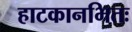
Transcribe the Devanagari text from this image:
हाटकानभितः